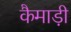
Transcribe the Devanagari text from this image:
कैमाड़ी